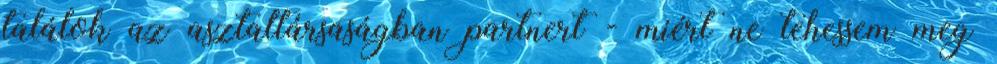
találok az asztaltársaságban partnert - miért ne tehessem meg